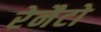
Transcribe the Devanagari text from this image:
रेनैटो